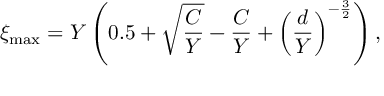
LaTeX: \xi _ { \mathrm { m a x } } = Y \left( 0 . 5 + \sqrt \frac { C } { Y } - \frac { C } { Y } + \left( \frac { d } { Y } \right) ^ { - \frac { 3 } { 2 } } \right) ,